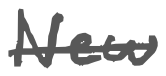
Text: New
Cross-out: single-line
Writing tool: digital_gray